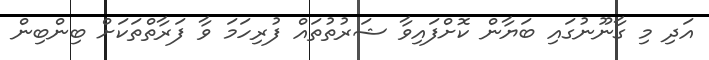
އަދި މި ގާނޫނުގައި ބަޔާން ކޮށްފައިވާ ޝަރުތުތައް ފުރިހަމަ ވާ ފަރާތްތަކަށް ބިންބިން